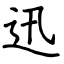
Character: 迅